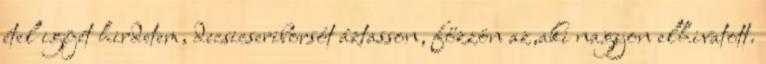
étel igéjét hirdetem, decsicseriborsót áztasson, főzzön az,aki nagyon elhivatott.